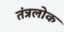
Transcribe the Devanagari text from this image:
तंत्रलोक